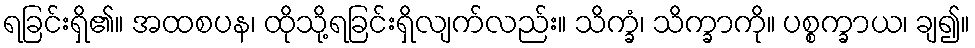
ရခြင်းရှိ၏။ အထစပန၊ ထိုသို့ရခြင်းရှိလျက်လည်း။ သိက္ခံ၊ သိက္ခာကို။ ပစ္စက္ခာယ၊ ချ၍။